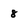
Character: 8